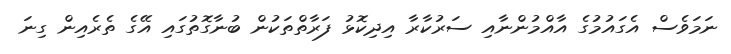
ނަމަވެސް އެގައުމުގެ އާއްމުންނާއި ސަރުކާރާ އިދިކޮޅު ފަރާތްތަކުން ބުނާގޮތުގައި އޭގެ ތެރެއިން ގިނަ